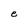
Character: e